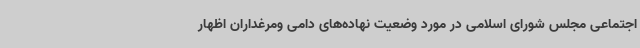
اجتماعی مجلس شورای اسلامی در مورد وضعیت نهاده‌های دامی ومرغداران اظهار